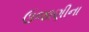
ઉજાણીના